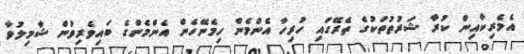
އެމެރިކާއިން ކުރާ ޝަރުތުތަކުގެ ތެރޭގައި ހުރިހާ އެންމެން ހިމެނޭހެން އެންމެންގެ ބައިވެރިވުން ޝާމިލުވާ